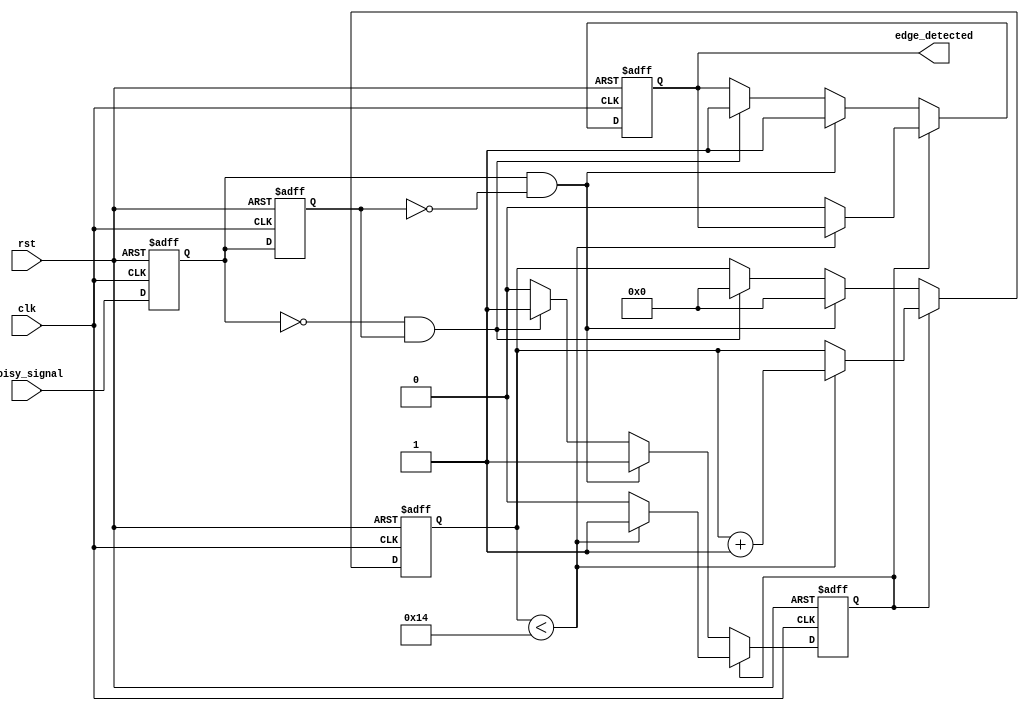
module DebouncedEdgeDetector (
    input wire clk,               // Clock input
    input wire rst,               // Asynchronous reset
    input wire noisy_signal,      // Noisy input signal (switch/button)
    output reg edge_detected      // Output signal indicating detected edge
);
    // Parameters for debounce timing
    parameter DEBOUNCE_TIME = 20; // Adjust debounce time as needed

    // State registers
    reg current_state;
    reg previous_state;
    reg [4:0] debounce_counter;    // 5-bit counter to hold debounce timing
    reg debouncing;                // Debouncing state

    // Edge detection logic
    always @(posedge clk or posedge rst) begin
        if (rst) begin
            current_state <= 0;
            previous_state <= 0;
            edge_detected <= 0;
            debounce_counter <= 0;
            debouncing <= 0;
        end else begin
            // Sample the noisy signal
            previous_state <= current_state;
            current_state <= noisy_signal;

            // Check for edges
            if (debouncing) begin
                // Increment debounce counter while debouncing
                if (debounce_counter < DEBOUNCE_TIME) begin
                    debounce_counter <= debounce_counter + 1;
                end else begin
                    debouncing <= 0;
                    edge_detected <= 0; // Release edge detection after debounce
                end
            end else if (current_state && !previous_state) begin
                // Rising edge detected
                edge_detected <= 1;
                debounce_counter <= 0; // Reset counter
                debouncing <= 1;      // Start debouncing process
            end else if (!current_state && previous_state) begin
                // Falling edge detected
                edge_detected <= 1;
                debounce_counter <= 0; // Reset counter
                debouncing <= 1;      // Start debouncing process
            end
        end
    end
endmodule